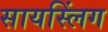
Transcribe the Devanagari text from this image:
सायस्लिंग